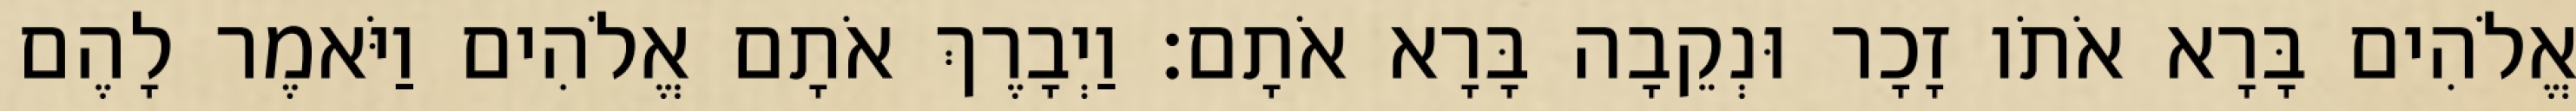
אֱלֹהִים בָּרָא אֹתֹו זָכָר וּנְקֵבָה בָּרָא אֹתָם׃ וַיְבָרֶךְ אֹתָם אֱלֹהִים וַיֹּאמֶר לָהֶם